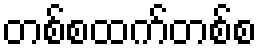
တစ်စထက်တစ်စ